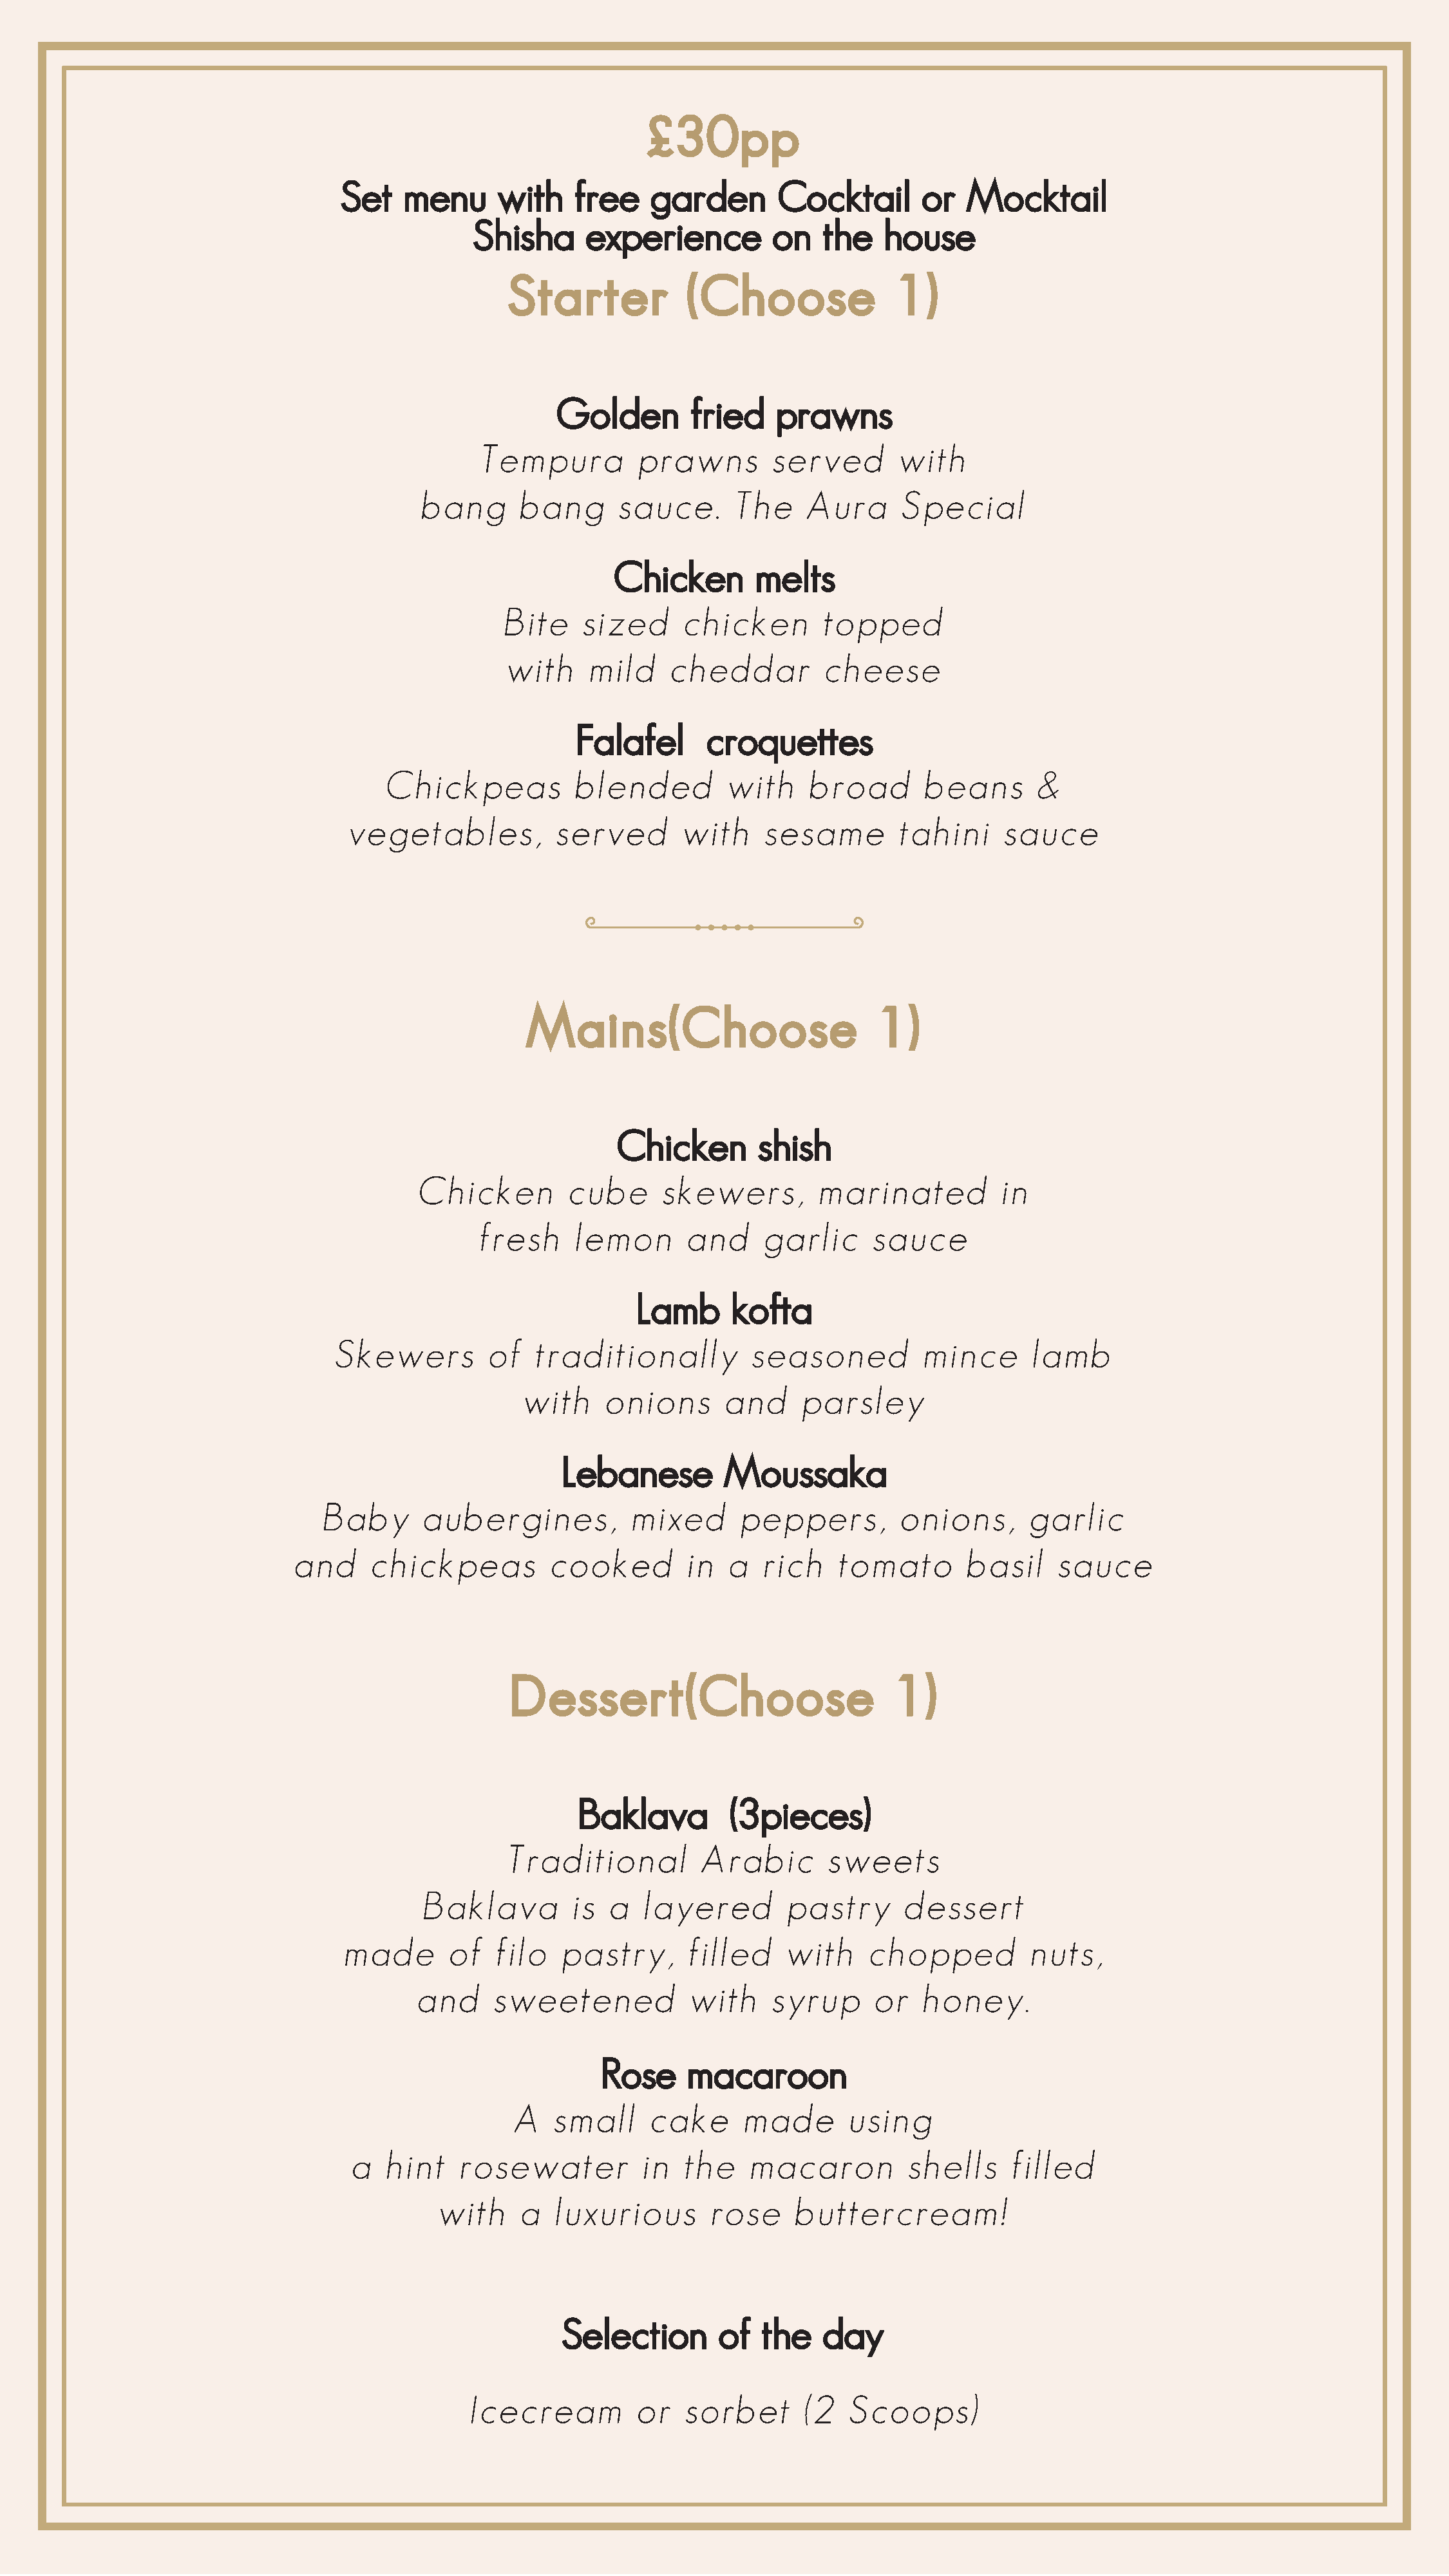
Set   menu      with    free    garden       Cocktail       or  Mocktail
 Shisha     experience         on    the   house
 Golden        fried    prawns
 Tempura          prawns       served       with
 bang      bang       sauce.     The     Aura      Special
 Chicken        melts
 Bite    sized     chicken        topped
 with     mild    cheddar         cheese
 Falafel       croquettes
 Chickpeas          blended         with    broad       beans       &
 vegetables,          served       with     sesame       tahini     sauce
 Chicken        shish
 Chicken        cube      skewers,        marinated          in
 fresh     lemon       and     garlic     sauce
 Lamb      kofta
 Skewers         of   traditionally         seasoned          mince      lamb
 with    onions       and    parsley
 Lebanese        Moussaka
 Baby      aubergines,           mixed      peppers,         onions,      garlic
 and     chickpeas          cooked        in  a  rich    tomato       basil     sauce
 Baklava         (3pieces)
 Traditional         Arabic       sweets
 Baklava         is  a  layered        pastry      dessert
 made       of   filo   pastry,      filled    with    chopped          nuts,
 and     sweetened           with    syrup      or   honey.
 Rose     macaroon
 A   small     cake     made       using
 a   hint   rosewater          in  the    macaron         shells     filled
 with     a  luxurious       rose     buttercream!
 Selection       of  the    day
 Icecream         or   sorbet       (2  Scoops)